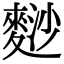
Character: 𪌮